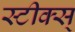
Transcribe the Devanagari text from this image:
स्टीक्स्